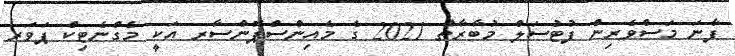
ފާނަ މަސްވެެރިން ފުޓުސަލް މުބާރާތް 2021 ގެ މެއިންސްޕޮންސާރ އަކީ މެގްނެޓިކް ޕަވަރ